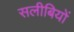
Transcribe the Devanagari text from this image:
सलीबियों